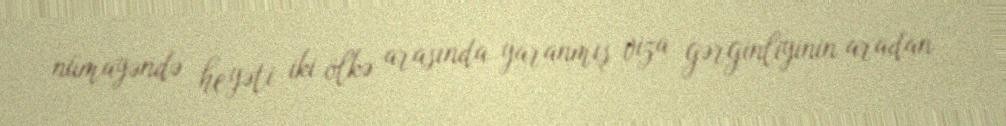
nümayəndə heyəti iki ölkə arasında yaranmış viza gərginliyinin aradan